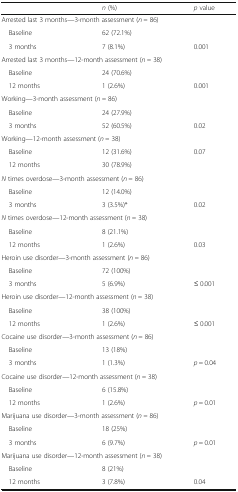
<table><thead><tr><td></td><td><b><i>n</i> (%)</b></td><td><b><i>p</i> value</b></td></tr></thead><tbody><tr><td colspan="3">Arrested last 3 months—3-month assessment (<i>n =</i> 86)</td></tr><tr><td> Baseline</td><td>62 (72.1%)</td><td></td></tr><tr><td> 3 months</td><td>7 (8.1%)</td><td>0.001</td></tr><tr><td colspan="3">Arrested last 3 months—12-month assessment (<i>n =</i> 38)</td></tr><tr><td> Baseline</td><td>24 (70.6%)</td><td></td></tr><tr><td> 12 months</td><td>1 (2.6%)</td><td>0.001</td></tr><tr><td colspan="3">Working—3-month assessment (<i>n =</i> 86)</td></tr><tr><td> Baseline</td><td>24 (27.9%)</td><td></td></tr><tr><td> 3 months</td><td>52 (60.5%)</td><td>0.02</td></tr><tr><td colspan="3">Working—12-month assessment (<i>n =</i> 38)</td></tr><tr><td> Baseline</td><td>12 (31.6%)</td><td>0.07</td></tr><tr><td> 12 months</td><td>30 (78.9%)</td><td></td></tr><tr><td colspan="3"><i>N</i> times overdose—3-month assessment (<i>n =</i> 86)</td></tr><tr><td> Baseline</td><td>12 (14.0%)</td><td></td></tr><tr><td> 3 months</td><td>3 (3.5%)*</td><td>0.02</td></tr><tr><td colspan="3"><i>N</i> times overdose—12-month assessment (<i>n =</i> 38)</td></tr><tr><td> Baseline</td><td>8 (21.1%)</td><td></td></tr><tr><td> 12 months</td><td>1 (2.6%)</td><td>0.03</td></tr><tr><td colspan="3">Heroin use disorder—3-month assessment (<i>n =</i> 86)</td></tr><tr><td> Baseline</td><td>72 (100%)</td><td></td></tr><tr><td> 3 months</td><td>5 (6.9%)</td><td>≤ 0.001</td></tr><tr><td colspan="3">Heroin use disorder—12-month assessment (<i>n =</i> 38)</td></tr><tr><td> Baseline</td><td>38 (100%)</td><td></td></tr><tr><td> 12 months</td><td>1 (2.6%)</td><td>≤ 0.001</td></tr><tr><td colspan="3">Cocaine use disorder—3-month assessment (<i>n =</i> 86)</td></tr><tr><td> Baseline</td><td>13 (18%)</td><td></td></tr><tr><td> 3 months</td><td>1 (1.3%)</td><td><i>p</i> = 0.04</td></tr><tr><td colspan="3">Cocaine use disorder—12-month assessment (<i>n =</i> 38)</td></tr><tr><td> Baseline</td><td>6 (15.8%)</td><td></td></tr><tr><td> 12 months</td><td>1 (2.6%)</td><td><i>p</i> = 0.01</td></tr><tr><td colspan="3">Marijuana use disorder—3-month assessment (<i>n =</i> 86)</td></tr><tr><td> Baseline</td><td>18 (25%)</td><td></td></tr><tr><td> 3 months</td><td>6 (9.7%)</td><td><i>p</i> = 0.01</td></tr><tr><td colspan="3">Marijuana use disorder—12-month assessment (<i>n =</i> 38)</td></tr><tr><td> Baseline</td><td>8 (21%)</td><td></td></tr><tr><td> 12 months</td><td>3 (7.8%)</td><td>0.04</td></tr></tbody></table>